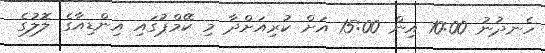
ހެނދުނު 10:00 އިން 15:00 އަށް ކުރިއަށްދާ މި ކޭމްޕުގައި އިންޑިއާގެ ލޮލުގެ